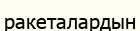
ракеталардын